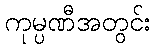
ကုမ္ပဏီအတွင်း